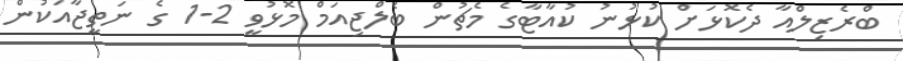
ބްރެޒިލްއާ ދެކޮޅަށް ކުޅުނު ކުއާޓާގެ މެޗުން ބެލްޖިއަމް މޮޅުވީ 2-1 ގެ ނަތީޖާއަކުން